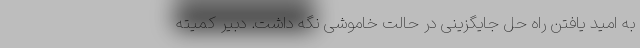
به امید یافتن راه حل جایگزینی در حالت خاموشی نگه داشت. دبیر کمیته